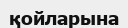
қойларына